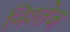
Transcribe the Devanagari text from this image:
निश्तेज